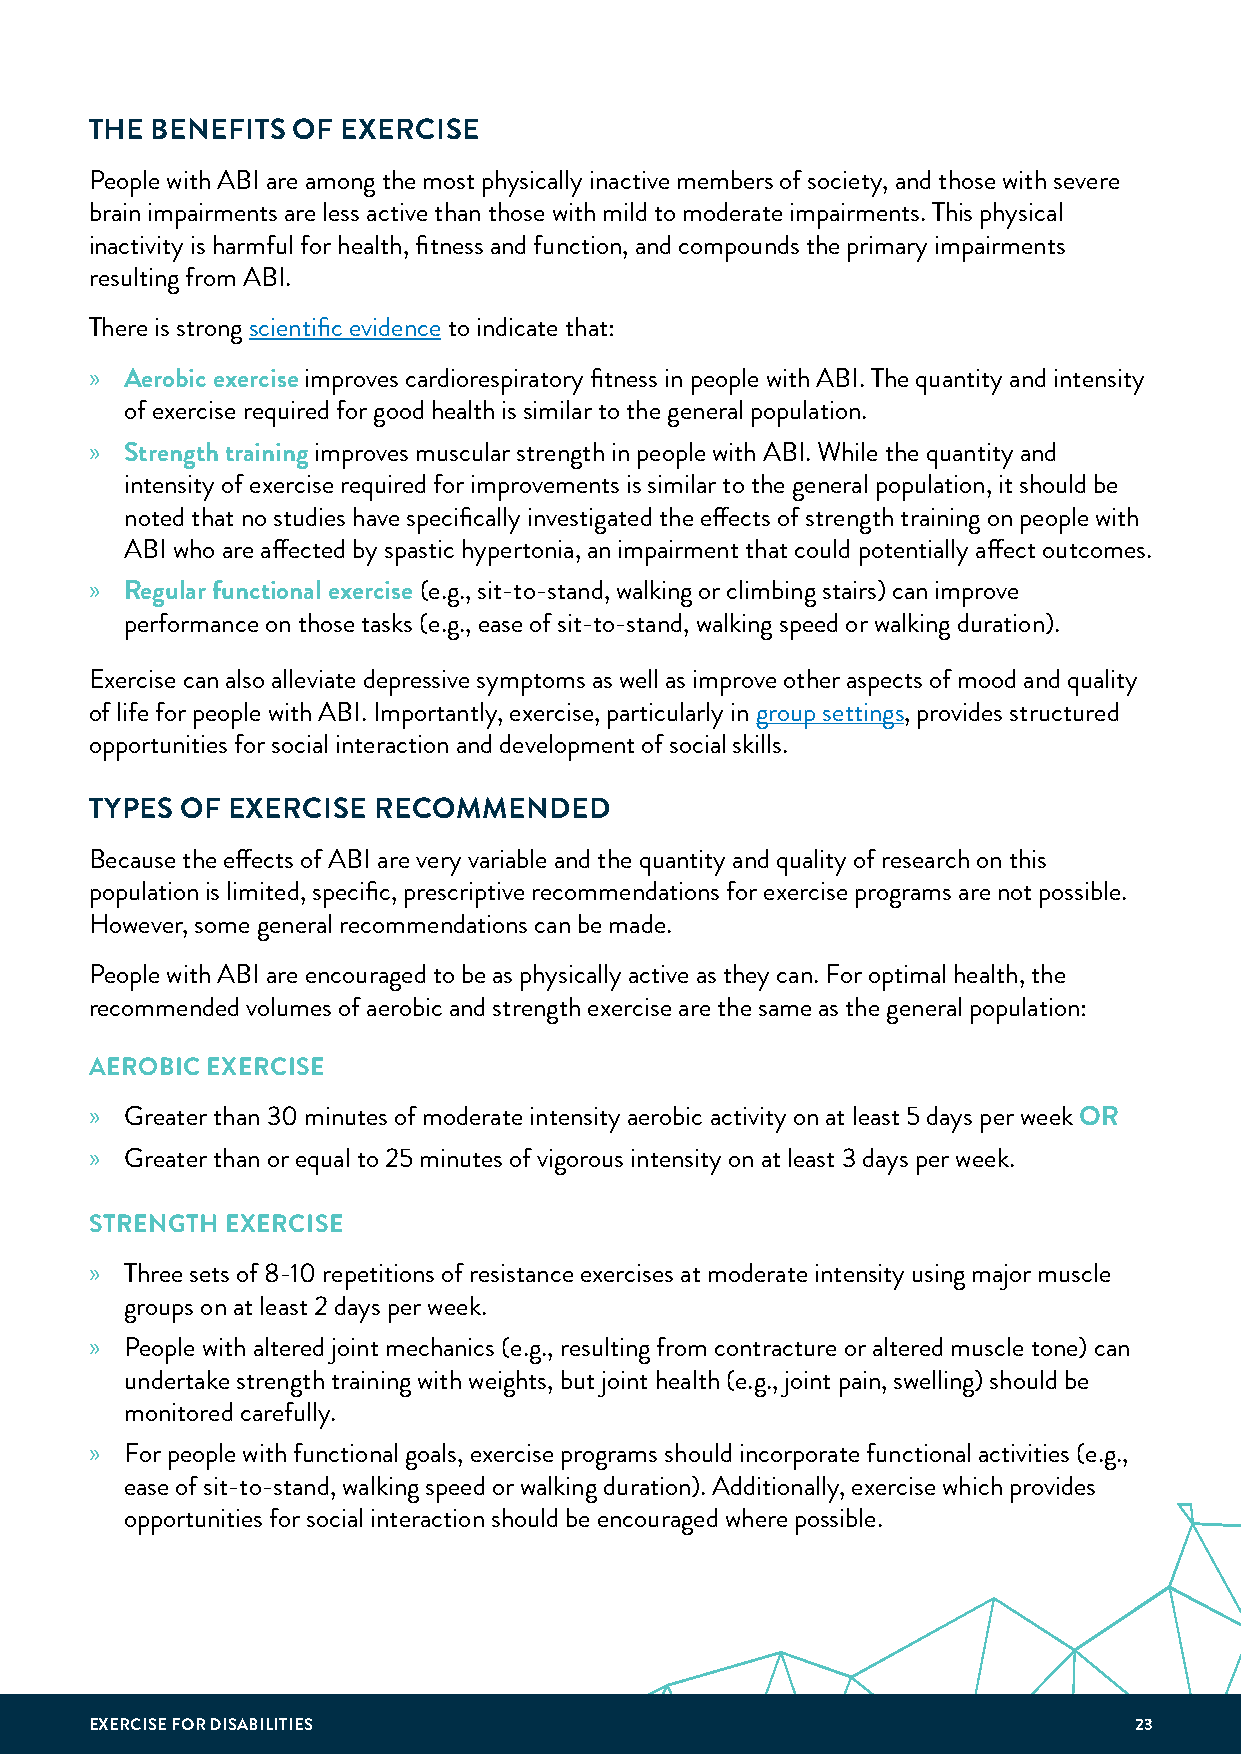
THE BENEFITS OF  EXERCISE
 People with ABI are among the most physically inactive members of society, and those with severe
 brain impairments are less active than those with mild to moderate impairments. This physical
 inactivity is harmful for health, fitness and function, and compounds the primary impairments
 resulting from ABI.
 There is strong scientific evidence to indicate that:
 » Aerobic exercise improves cardiorespiratory fitness in people with ABI. The quantity and intensity
 of exercise required for good health is similar to the general population.
 » Strength training improves muscular strength in people with ABI. While the quantity and
 intensity of exercise required for improvements is similar to the general population, it should be
 noted that no studies have specifically investigated the effects of strength training on people with
 ABI who are affected by spastic hypertonia, an impairment that could potentially affect outcomes.
 » Regular functional exercise (e.g., sit-to-stand, walking or climbing stairs) can improve
 performance on those tasks (e.g., ease of sit-to-stand, walking speed or walking duration).
 Exercise can also alleviate depressive symptoms as well as improve other aspects of mood and quality
 of life for people with ABI. Importantly, exercise, particularly in group settings, provides structured
 opportunities for social interaction and development of social skills.
 TYPES OF EXERCISE  RECOMMENDED
 Because the effects of ABI are very variable and the quantity and quality of research on this
 population is limited, specific, prescriptive recommendations for exercise programs are not possible.
 However, some general recommendations can be made.
 People with ABI are encouraged to be as physically active as they can. For optimal health, the
 recommended volumes of aerobic and strength exercise are the same as the general population:
 AEROBIC EXERCISE
 » Greater than 30 minutes of moderate intensity aerobic activity on at least 5 days per week OR
 » Greater than or equal to 25 minutes of vigorous intensity on at least 3 days per week.
 STRENGTH EXERCISE
 » Three sets of 8-10 repetitions of resistance exercises at moderate intensity using major muscle
 groups on at least 2 days per week.
 » People with altered joint mechanics (e.g., resulting from contracture or altered muscle tone) can
 undertake strength training with weights, but joint health (e.g., joint pain, swelling) should be
 monitored carefully.
 » For people with functional goals, exercise programs should incorporate functional activities (e.g.,
 ease of sit-to-stand, walking speed or walking duration). Additionally, exercise which provides
 opportunities for social interaction should be encouraged where possible.
 EXERCISE FOR DISABILITIES                                            23